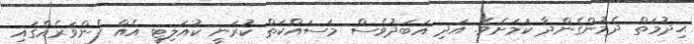
ޙިދުމަތް ދެމުންގެންދާ ކަމަށެވެ. އަދި އަބަދުވެސް މަސައްކަތް ކުރަނީ ކުއަލިޓީ އެއް ފެންވަރެއްގައި